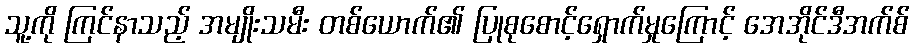
သူ့ကို ကြင်နာသည့် အမျိုးသမီး တစ်ယောက်၏ ပြုစုစောင့်ရှောက်မှုကြောင့် အေအိုင်ဒီအက်စ်